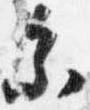
参